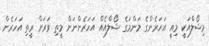
މިޝޯލްއަކީ މިއީ އަހަރެންގެ މަންމަގެ ޝޯލްއެއް އަހަރެންނަށް މީތި ވަރަށް ރީތި އަހަރެން